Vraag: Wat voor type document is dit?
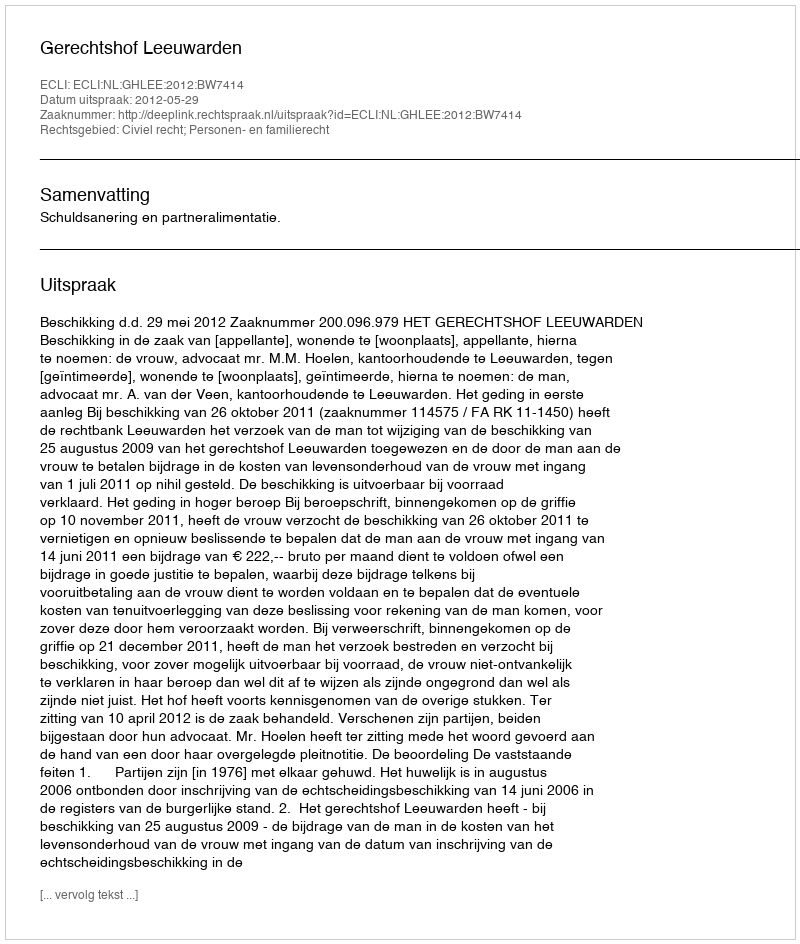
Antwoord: Uitspraak